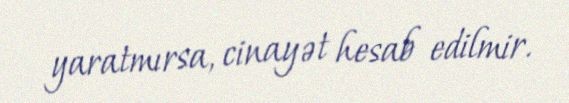
yaratmırsa, cinayət hesab edilmir.